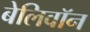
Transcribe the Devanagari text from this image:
बेलिवॉन